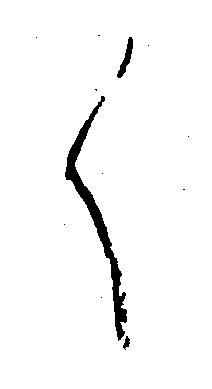
く